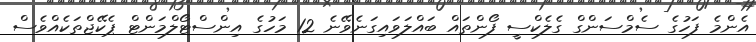
އެންމެ ފަހުގެ ސެމްސަންގް ގެލެކްސީ ފޯންތައް ބައްލަވައިގަނެވޭނެ 12 މަހުގެ އިންސްޓޯލްމަންޓް ޕެކޭޖްތަކެއްވެސް